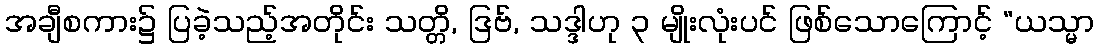
အချီစကား၌ ပြခဲ့သည့်အတိုင်း သတ္တိ, ဒြဗ်, သဒ္ဒါဟု ၃ မျိုးလုံးပင် ဖြစ်သောကြောင့် “ယသ္မာ